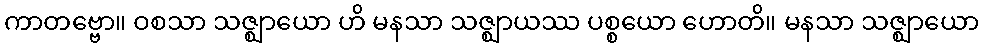
ကာတဗ္ဗော။ ဝစသာ သဇ္ဈာယော ဟိ မနသာ သဇ္ဈာယဿ ပစ္စယော ဟောတိ။ မနသာ သဇ္ဈာယော